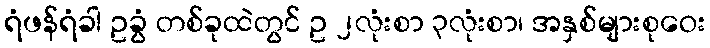
ရံဖန်ရံခါ ဥခွံ တစ်ခုထဲတွင် ဥ ၂လုံးစာ ၃လုံးစာ၊ အနှစ်များစုဝေး